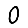
Digit: 0